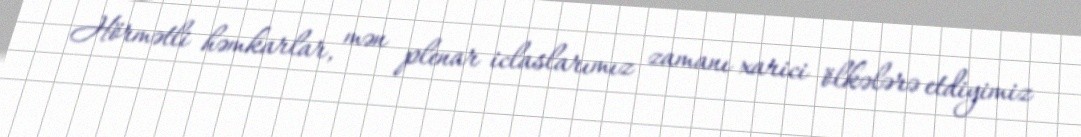
Hörmətli həmkarlar, mən plenar iclaslarımız zamanı xarici ölkələrə etdiyimiz